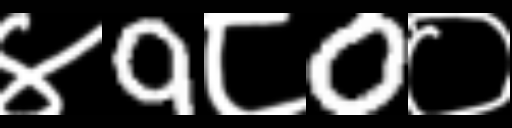
Text: ४9८0०